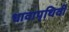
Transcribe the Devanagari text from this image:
धावापृथिवी